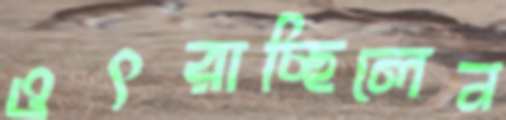
ওৎরাচ্ছিলেন